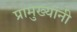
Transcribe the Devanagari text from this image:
प्रामुख्यांनी